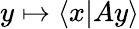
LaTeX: y\mapsto\langle x|Ay\rangle